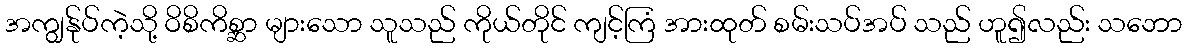
အကျွန်ုပ်ကဲ့သို့ ဝိစိကိစ္ဆာ များသော သူသည် ကိုယ်တိုင် ကျင့်ကြံ အားထုတ် စမ်းသပ်အပ် သည် ဟူ၍လည်း သဘော